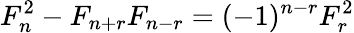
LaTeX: F_{n}^{2}-F_{n+r}F_{n-r}=(-1)^{n-r}F_{r}^{2}